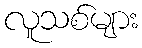
လူသစ်များ